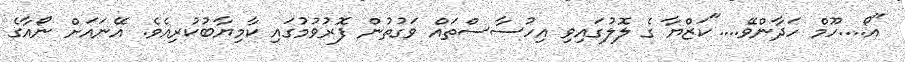
"އޯ....ހޫމް ހަދާންވޭ...."ކަޒްޔާ ގެ ލޮލުގައިވި އިހުސާސްތައް ވަގުތުން ފޮރުވުމުގައި ކާމިޔާބުކުރިއެވެ. އޭނައަށް ނޯއާގެ